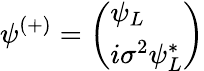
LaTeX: \psi^{(+)}={\left(\begin{array}{l}{\psi_{L}}\\ {i\sigma^{2}\psi_{L}^{*}}\end{array}\right)}